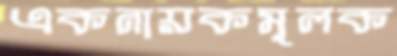
একনায়কমূলক